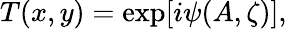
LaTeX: T(x,y)=\exp[i\psi(A,\zeta)],